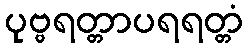
ပုဗ္ဗရတ္တာပရရတ္တံ